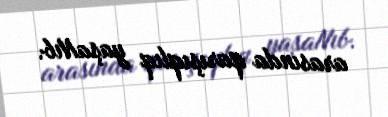
arasında qarışıqlıq yaşaNıb.